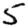
Digit: 5